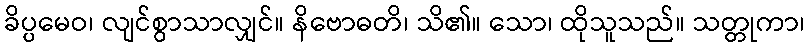
ခိပ္ပမေဝ၊ လျင်စွာသာလျှင်။ နိဗောဓတိ၊ သိ၏။ သော၊ ထိုသူသည်။ သတ္တုကာ၊